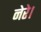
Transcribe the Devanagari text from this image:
नेरे।